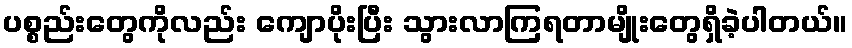
ပစ္စည်းတွေကိုလည်း ကျောပိုးပြီး သွားလာကြရတာမျိုးတွေရှိခဲ့ပါတယ်။